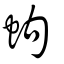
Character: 蚼